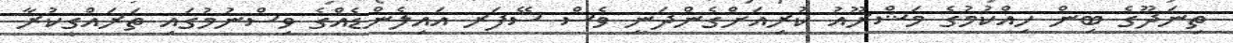
ތިނަދޫގެ ބިން ހިއްކުމުގެ މަޝްރޫއު ކުރިއަށްގެންދަނީ ވެސް ސޭފަރ އައިލެންޑެއްގެ ވިސްނުމުގައި ތަރައްގީކުރާ